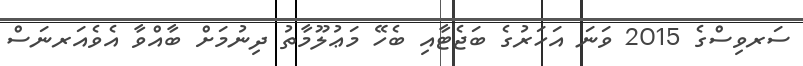
ސަރވިސްގެ 2015 ވަނަ އަހަރުގެ ބަޖެޓާއި ބެހޭ މަޢުލޫމާތު ދިނުމަށް ބާއްވާ އެވެއަރނަސް